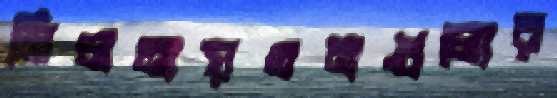
মিলনায়তনগুলোর